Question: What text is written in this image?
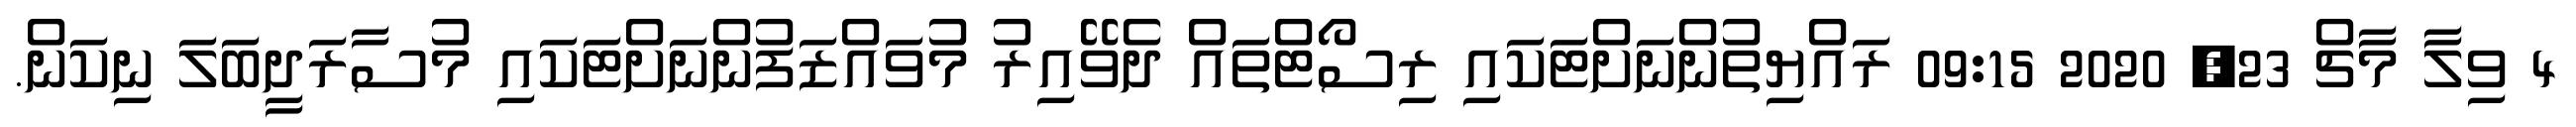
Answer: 4 ވިލާ މާޗް 23, 2020 09:15 ރައްޔިތުންނަށްޓަކައި ރިސޯޓްތައް ދެވޭއިރު މުވައްޒަފުންނަށްޓަކައި މުސާރަދީބަލަ ނިކަން.